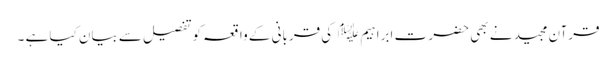
قرآن مجید نے بھی حضر ت ابراہیم ﷤ کی قربانی کے واقعہ کوتفصیل سے بیان کیا ہے ۔